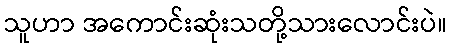
သူဟာ အကောင်းဆုံးသတို့သားလောင်းပဲ။